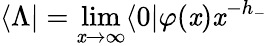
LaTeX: \langle\Lambda|=\operatorname*{lim}_{\mathit{x}\rightarrow\infty}\langle0|\varphi(\mathit{x})\mathit{x}^{-h_{-}}